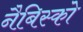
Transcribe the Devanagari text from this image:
नैबिस्को